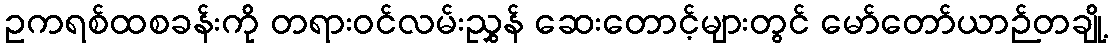
ဥကရစ်ထစခန်းကို တရားဝင်လမ်းညွှန် ဆေးတောင့်များတွင် မော်တော်ယာဉ်တချို့